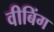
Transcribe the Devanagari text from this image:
वीबिंग